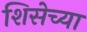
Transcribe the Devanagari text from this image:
शिसेच्या